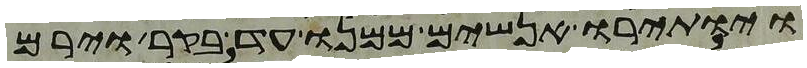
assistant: ויותירו אנשים ממנו עד בקר וירם